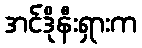
အင်ဒိုနီးရှားက